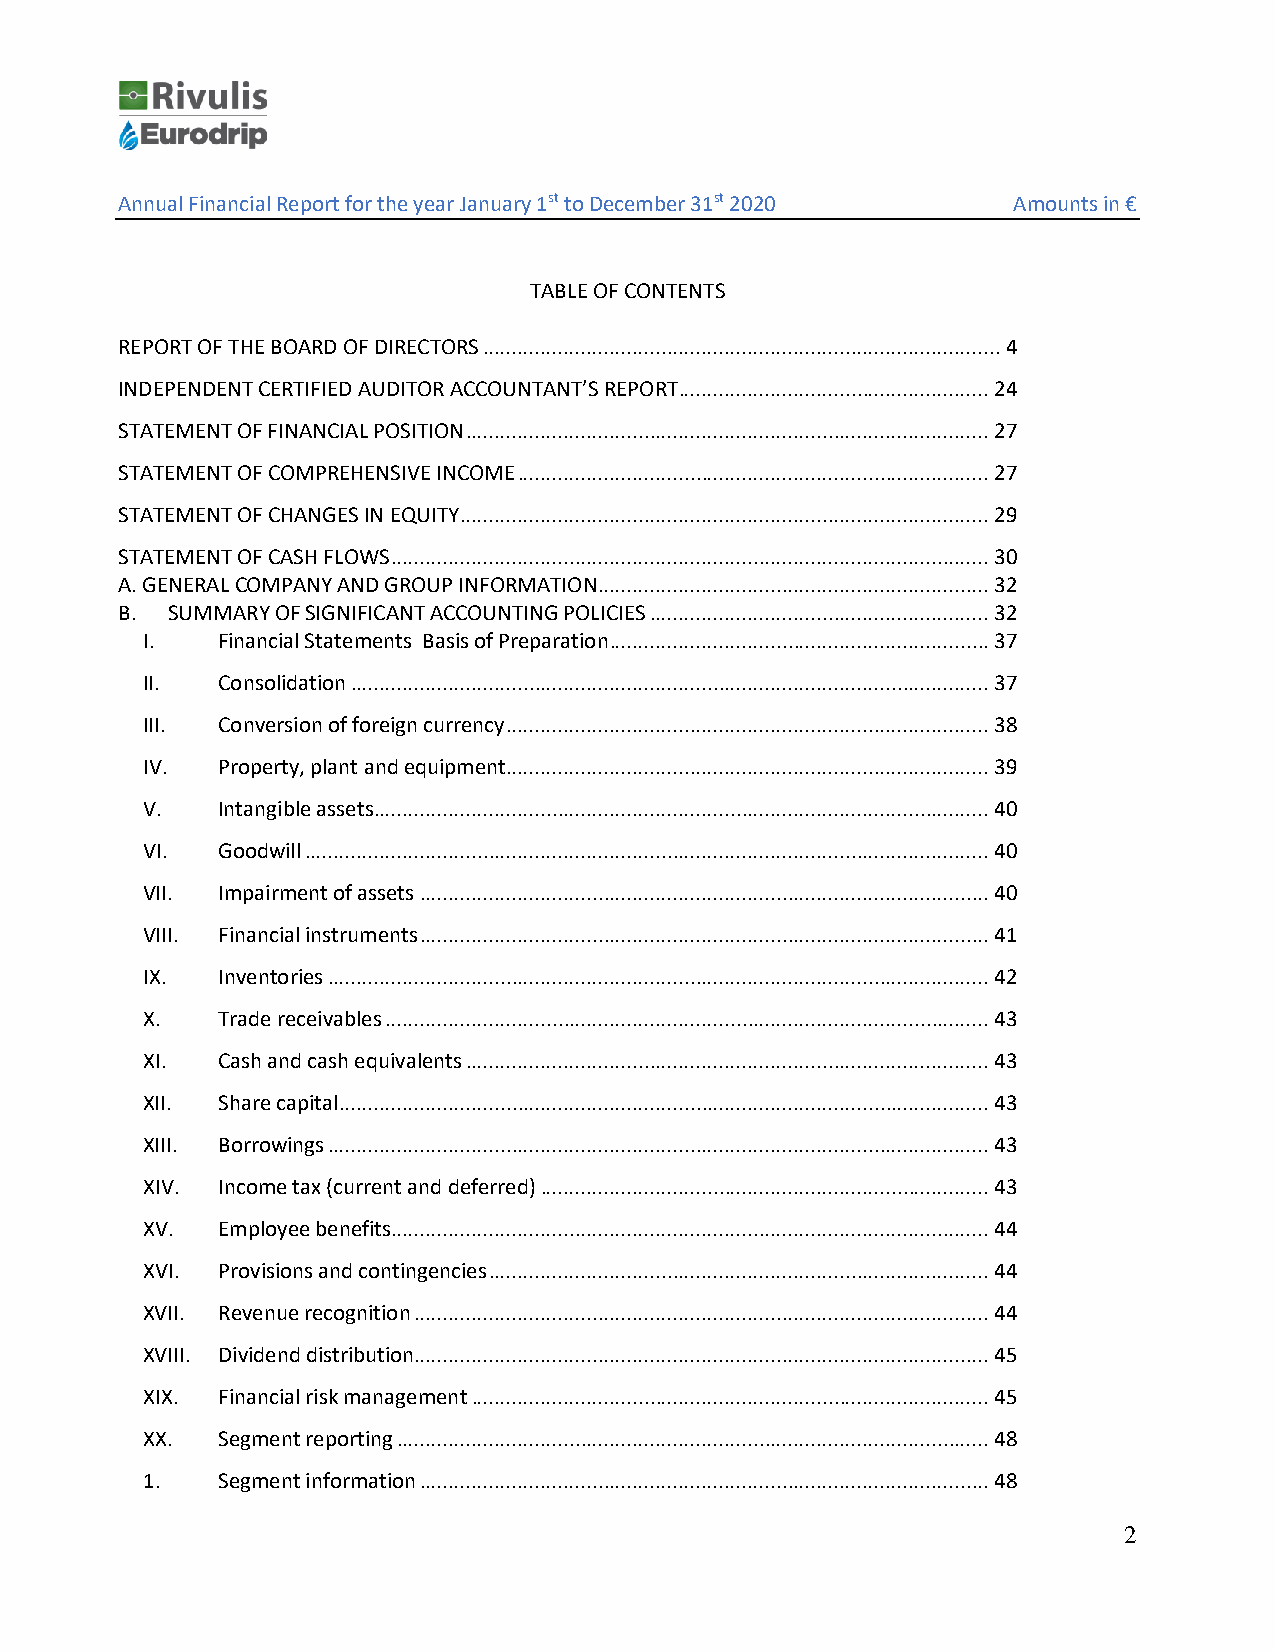
Annual Financial Report for the year January 1st to December 31st 2020 Amounts in €
 TABLE OF CONTENTS
 REPORT OF THE BOARD OF DIRECTORS .......................................................................................... 4
 INDEPENDENT CERTIFIED AUDITOR ACCOUNTANT’S REPORT ...................................................... 24
 STATEMENT OF FINANCIAL POSITION ........................................................................................... 27
 STATEMENT OF COMPREHENSIVE INCOME .................................................................................. 27
 STATEMENT OF CHANGES IN EQUITY ............................................................................................ 29
 STATEMENT OF CASH FLOWS ........................................................................................................ 30
 Α. GENERAL COMPANY AND GROUP INFORMATION .................................................................... 32
 Β. SUMMARY OF SIGNIFICANT ACCOUNTING POLICIES ........................................................... 32
 I.   Financial Statements Basis of Preparation .................................................................. 37
 II.  Consolidation ............................................................................................................... 37
 III. Conversion of foreign currency .................................................................................... 38
 IV.  Property, plant and equipment.................................................................................... 39
 V.   Intangible assets ........................................................................................................... 40
 VI.  Goodwill ....................................................................................................................... 40
 VII. Impairment of assets ................................................................................................... 40
 VIII. Financial instruments ................................................................................................... 41
 IX.  Inventories ................................................................................................................... 42
 X.   Trade receivables ......................................................................................................... 43
 XI.  Cash and cash equivalents ........................................................................................... 43
 XII. Share capital ................................................................................................................. 43
 XIII. Borrowings ................................................................................................................... 43
 XIV. Income tax (current and deferred) .............................................................................. 43
 XV.  Employee benefits........................................................................................................ 44
 XVI. Provisions and contingencies ....................................................................................... 44
 XVII. Revenue recognition .................................................................................................... 44
 XVIII. Dividend distribution.................................................................................................... 45
 XIX. Financial risk management .......................................................................................... 45
 XX.  Segment reporting ....................................................................................................... 48
 1.   Segment information ................................................................................................... 48
 2